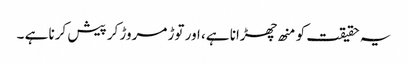
یہ حقیقت کو منھ چھڑانا ہے، اور توڑ مروڑ کر پیش کرنا ہے ۔